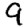
Digit: 9